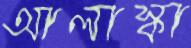
আলাস্কা